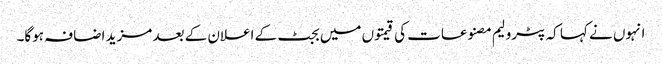
انہوں نے کہا کہ پٹرولیم مصنوعات کی قیمتوں میں بجٹ کے اعلان کے بعد مزید اضافہ ہوگا۔